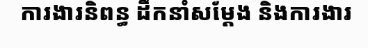
ការងារនិពន្ធ ដឹកនាំសម្តែង និងការងារ